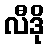
လီဒို